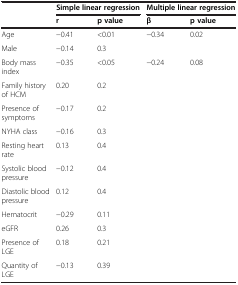
<table><thead><tr><td><b> </b></td><td colspan="2"><b>Simple linear regression</b></td><td colspan="2"><b>Multiple linear regression</b></td></tr><tr><td><b> </b></td><td><b>r</b></td><td><b>p value</b></td><td><b>β</b></td><td><b>p value</b></td></tr></thead><tbody><tr><td>Age</td><td>−0.41</td><td>&lt;0.01</td><td>−0.34</td><td>0.02</td></tr><tr><td>Male</td><td>−0.14</td><td>0.3</td><td> </td><td> </td></tr><tr><td>Body mass index</td><td>−0.35</td><td>&lt;0.05</td><td>−0.24</td><td>0.08</td></tr><tr><td>Family history of HCM</td><td>0.20</td><td>0.2</td><td> </td><td> </td></tr><tr><td>Presence of symptoms</td><td>−0.17</td><td>0.2</td><td> </td><td> </td></tr><tr><td>NYHA class</td><td>−0.16</td><td>0.3</td><td> </td><td> </td></tr><tr><td>Resting heart rate</td><td>0.13</td><td>0.4</td><td> </td><td> </td></tr><tr><td>Systolic blood pressure</td><td>−0.12</td><td>0.4</td><td> </td><td> </td></tr><tr><td>Diastolic blood pressure</td><td>0.12</td><td>0.4</td><td> </td><td> </td></tr><tr><td>Hematocrit</td><td>−0.29</td><td>0.11</td><td> </td><td> </td></tr><tr><td>eGFR</td><td>0.26</td><td>0.3</td><td> </td><td> </td></tr><tr><td>Presence of LGE</td><td>0.18</td><td>0.21</td><td> </td><td> </td></tr><tr><td>Quantity of LGE</td><td>−0.13</td><td>0.39</td><td> </td><td> </td></tr></tbody></table>